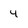
Character: 4